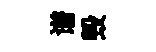
谱毁